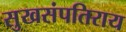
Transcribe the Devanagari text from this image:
सुखसंपतिराय